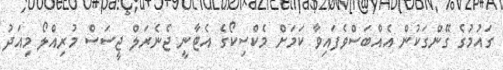
ގައުމުގެ ގޭންގަކުން އެއްބަސްވެފައިވާ ކަމަށް މެކްސިކޯގެ އެޓާނީ ޖެނެރަލް ޖީސަސް މުރިއްލޯ މިއަދު